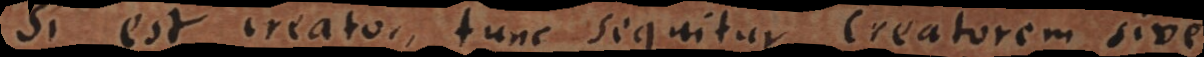
Si est creator, tunc sequitur creatorem sive